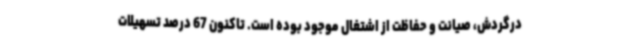
درگردش، صیانت و حفاظت از اشتغال موجود بوده است. تاکنون 67 درصد تسهیلات